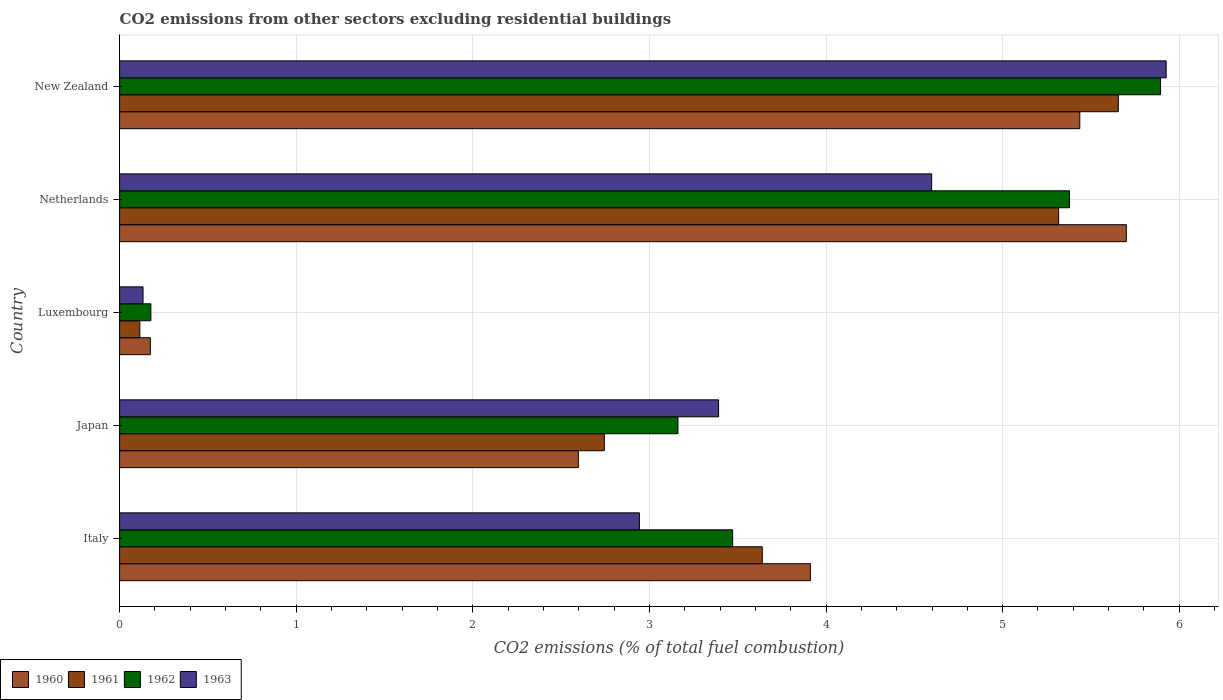
| Country | 1960 | 1961 | 1962 | 1963 |
 | --- | --- | --- | --- | --- |
 | Italy | 3.91 | 3.64 | 3.47 | 2.94 |
 | Japan | 2.6 | 2.74 | 3.16 | 3.39 |
 | Luxembourg | 0.174 | 0.115 | 0.177 | 0.133 |
 | Netherlands | 5.7 | 5.32 | 5.38 | 4.6 |
 | New Zealand | 5.44 | 5.66 | 5.89 | 5.93 |